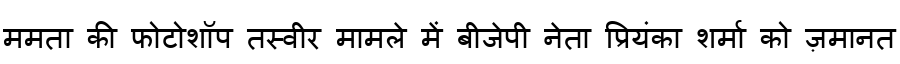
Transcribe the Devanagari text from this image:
ममता की फोटोशॉप तस्वीर मामले में बीजेपी नेता प्रियंका शर्मा को ज़मानत